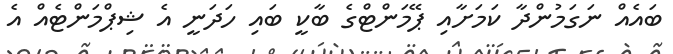
ބައެއް ނަގަމުންދާ ކަމަށާއި ޕޭމަންޓްގެ ބާކީ ބައި ހަދަނީ އެ ޝިޕްމަންޓެއް އެ